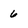
Character: 6